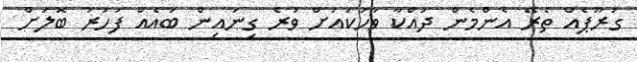
ގުރޫޕެއް ތެރޭ އެންމެން ދައްކާ ވާހަކައަށް ވުރެ ގިނައިން ބައެއް ފަހަރު ބޮލަށް